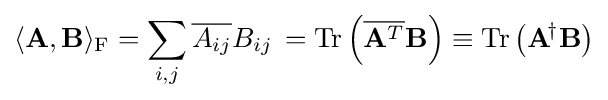
\langle \mathbf {A} ,\mathbf {B} \rangle _{\mathrm {F} }=\sum _{i,j}{\overline {A_{ij}}}B_{ij}\,=\mathrm {Tr} \left({\overline {\mathbf {A} ^{T}}}\mathbf {B} \right)\equiv \mathrm {Tr} \left(\mathbf {A} ^{\!\dagger }\mathbf {B} \right)